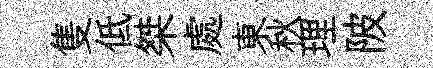
隻低桀處東秋理陂